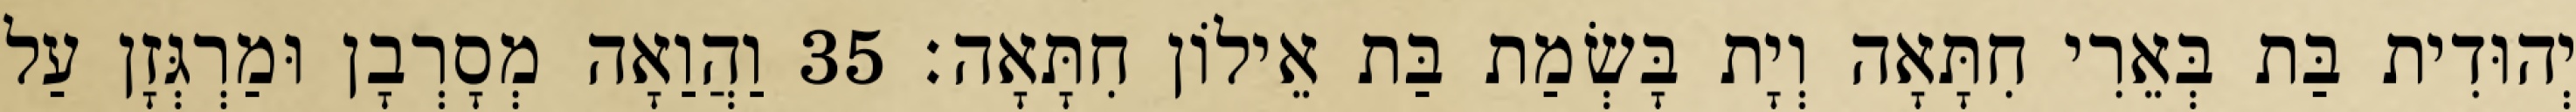
יְהוּדִית בַּת בְּאֵרִי חִתָּאָה וְיָת בָּשְׂמַת בַּת אֵילוֹן חִתָּאָה׃ 35 וַהֲוַאָה מְסָרְבָן וּמַרְגְּזָן עַל